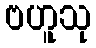
ဗဟူသု